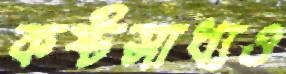
কষ্টসাধ্যও